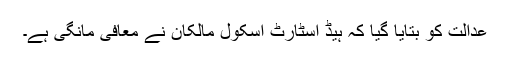
عدالت کو بتایا گیا کہ ہیڈ اسٹارٹ اسکول مالکان نے معافی مانگی ہے۔